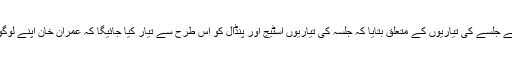
ڈاکٹر عارف علوی نے جلسے کی تیاریوں کے متعلق بتایا کہ جلسہ کی تیاریوں اسٹیج اور پنڈال کو اس طرح سے تیار کیا جائیگا کہ عمران خان اپنے لوگوں سے دور نہ رہیں۔